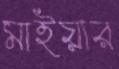
মাইয়ার